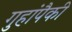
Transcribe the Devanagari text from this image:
गुहांपैकी